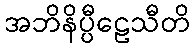
အဘိနိပ္ပီဠေသီတိ